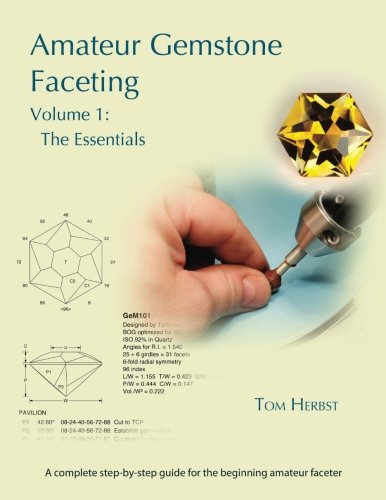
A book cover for Amateur Gemstone Faceting Volume 1: The Essentials; Tom Herbst; Crafts, Hobbies & Home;